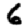
Digit: 6